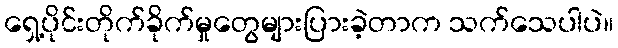
ရှေ့ပိုင်းတိုက်ခိုက်မှုတွေများပြားခဲ့တာက သက်သေပါပဲ။